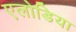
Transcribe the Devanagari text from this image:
एलोडिया